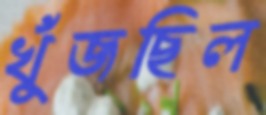
খুঁজছিল